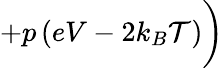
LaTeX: +p\left(eV-2k_{B}\mathcal{T}\right)\bigg)